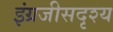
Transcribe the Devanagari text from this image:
इंग्रजीसदृश्य